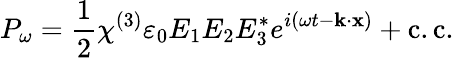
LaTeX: P_{\omega}={\frac{1}{2}}\chi^{(3)}\varepsilon_{0}E_{1}E_{2}E_{3}^{*}e^{i(\omega t-\mathbf{k}\cdot\mathbf{x})}+{\mathrm{c.c.}}